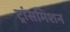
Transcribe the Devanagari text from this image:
ट्रांसमिशन